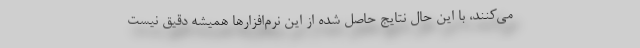
می‌کنند، با این حال نتایج حاصل شده از این نرم‌افزارها همیشه دقیق نیست